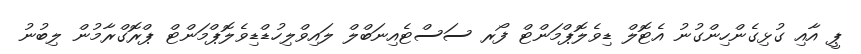
ޕީ އާއި ގުޅިގެންހިންގުނު އެޓޮލް ޑިވެލޮޕްމަންޓް ފޯރ ސަސްޓެއިނަބްލް ލައިވްލިހުޑްޑިވެލޮޕްމަންޓް ޕްރޮގްރާމުން ލިބުނު